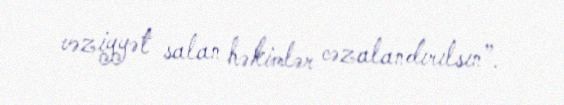
vəziyyət salan həkimlər cəzalandırılsın”.